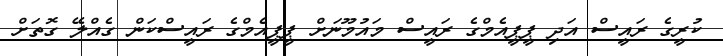
ކުރީގެ ރައީސް އަދި ޕީޕީއެމްގެ ރައީސް މައުމޫނަށް ޕީޕީއެމްގެ ރައީސްކަން ގެއްލޭ ގޮތަށް